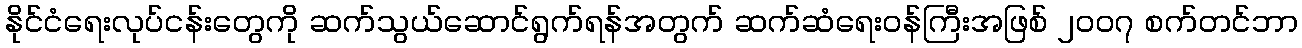
နိုင်ငံရေးလုပ်ငန်းတွေကို ဆက်သွယ်ဆောင်ရွက်ရန်အတွက် ဆက်ဆံရေးဝန်ကြီးအဖြစ် ၂၀၀၇ စက်တင်ဘာ